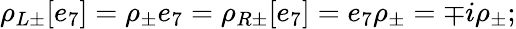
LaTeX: \rho_{L\pm}[e_{7}]=\rho_{\pm}e_{7}=\rho_{R\pm}[e_{7}]=e_{7}\rho_{\pm}=\mp i\rho_{\pm};